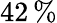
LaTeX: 42\, \%